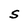
Character: S